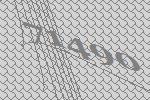
71490